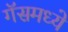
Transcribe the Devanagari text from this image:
गॅसमध्ये